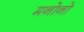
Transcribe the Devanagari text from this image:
मनोनो